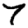
Digit: 7